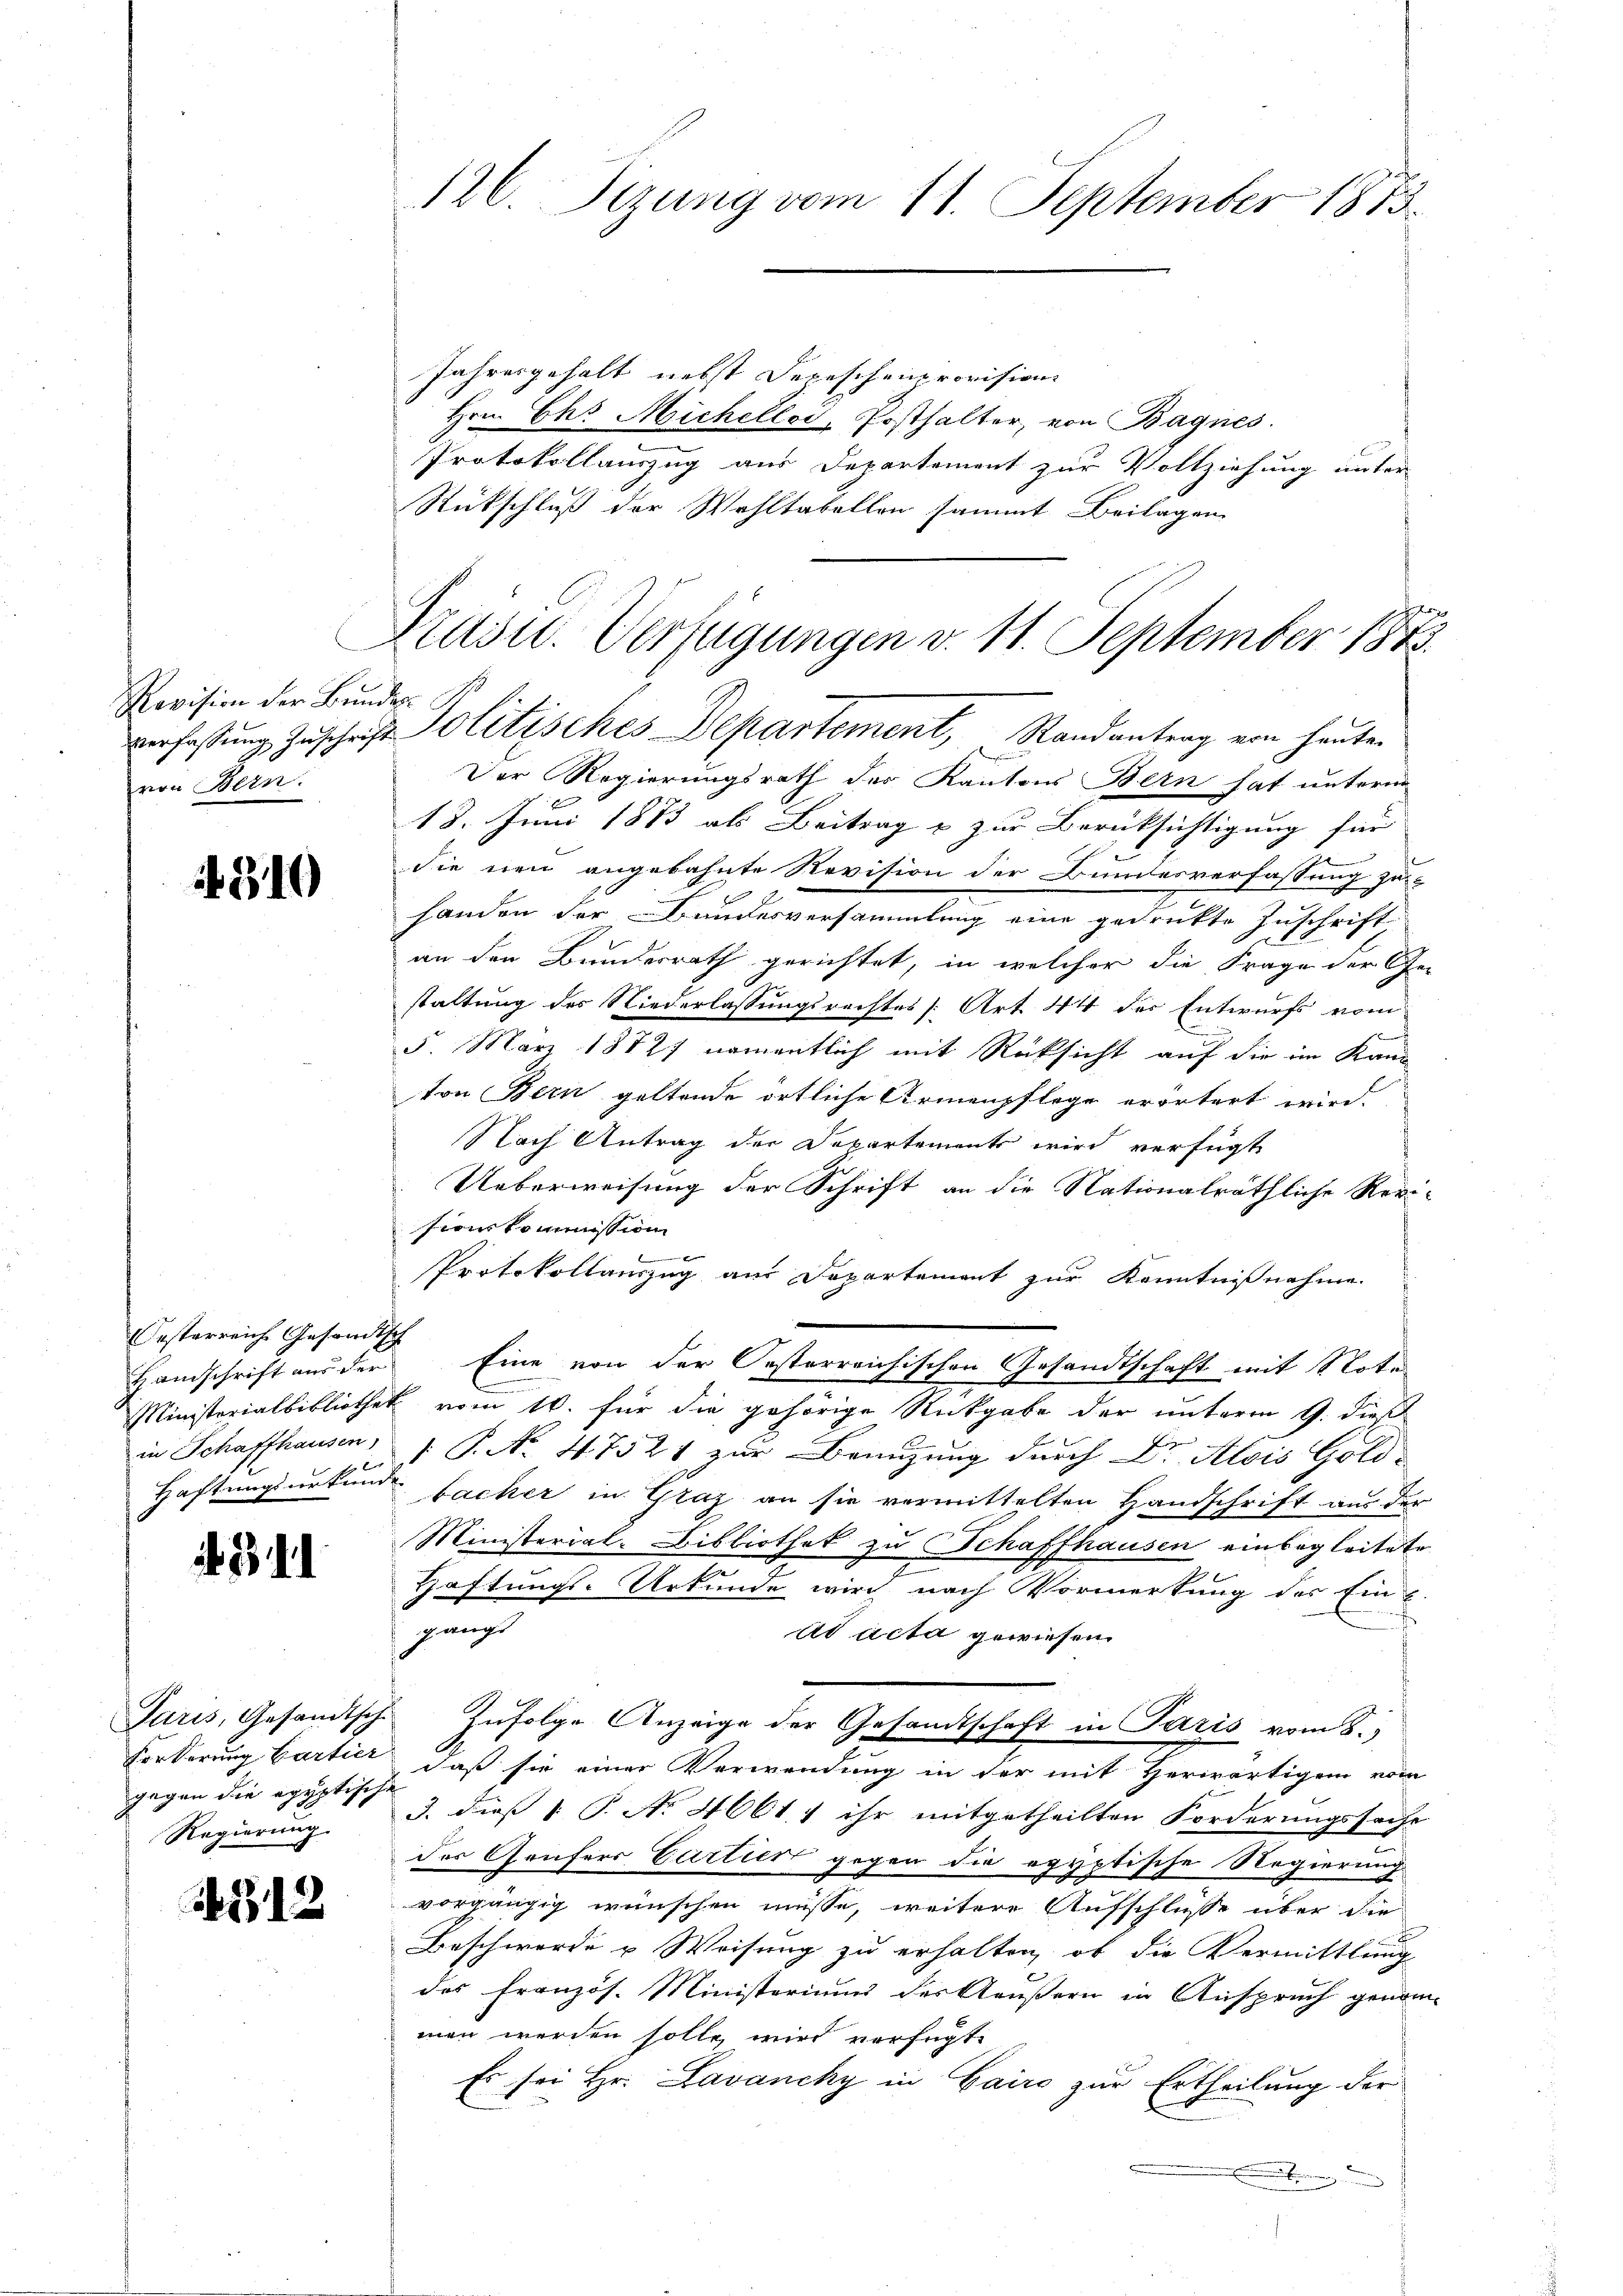
Revision der Bundesvon Bern.

810

Oesterreich Gesandtsch
Handschrift aus der

311

gegen die egyptische
Regierung.

12

Jahresgehalt nebst Depeschenprovisions
Hrn. Ch. Michellos, Posthalter, von Bagnes.
Protokollauszug aus Departement zur Vollziehung unter
Rückschluß der Wohltabellen sammt Beilagen

126. Sizung vom 11. September 1873.

Präsid. Verfügungen v. 11. September 1875.
verfassŭng Zŭschrift Politisches Departement, Randantrag von heuten

Der Regierungsrath des Kantons Bern hat unterm
18. Juni 1883 als Beitrag & zur Berücksichtigung für
die neu angebahnte Revision der Bundesverfassung zu
handen der Bundesversammlung eine gedrukte Zuschrift
an den Bundesrath gerichtet, in welcher die Frage der Ge-
staltung des Niederlassungsrechtes [Art. 44 der Entwurfs vom
n
5. März 18727 namentlich mit Rücksicht auf die im Kanton Bern geltende örtliche Armenpflege erörtert wird.
Nach Antrag der Departements wird verfügt
Ueberweisung der Schrift an die Nationalräthliche Revi-
sionskommission
Protokollauszug aus Departement zur Kenntnißnahme.
Eine von der Oesterreichischen Gesandtschaft mit Note
Ministerialbibliothek vom 10. für die gehörige Rückgabe der unterm 9. dies
in Schaffhausen /: P. No. 47521 zur Benuzung durch Dr. Alois Gold-
Haftungsurkunde backer in Graz an sie vermittelten Handschrift aus der
Ministerial-Bibliothek zu Schaffhausen einbegleitete
Haftungs-Urkunde wird nach Vormerkung des Ein
gangs
Ad Acta gewiesen.
Paris, Gesandtsche Zufolge Anzeige der Gesandtschaft in Paris vom 8.
Forderung Cartier, daß sie einer Verwendung in der mit Herwärtigem vom
J. dies §. P. No 4661; ihr mitgetheilten Forderungssache
der Gäufers Cartier gegen die egyptische Regierung
vorgängig wünschen müsse, weitere Aufschlüsse über die

Beschwerde u Weisung zu erhalten, ob die Vermittlung
des Französ. Ministeriums des Aeußern in Anspruch genom-
man werden solle, wird verfügt:
Es sei Hr. Lavancky in Cairo zur Ertheilung der
Eber